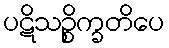
ပဋိသဉ္စိက္ခတိပေ